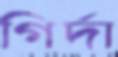
গির্দা